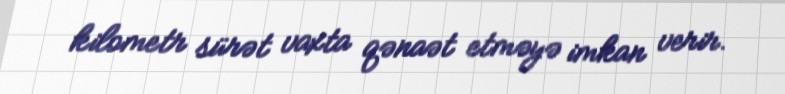
kilometr sürət vaxta qənaət etməyə imkan verir.